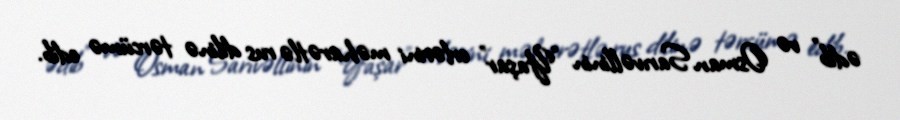
ədib" və Osman Sarıvəllinin "Yaşar" erlərini məharətlə rus dilinə tərcümə edib.